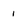
Character: 1